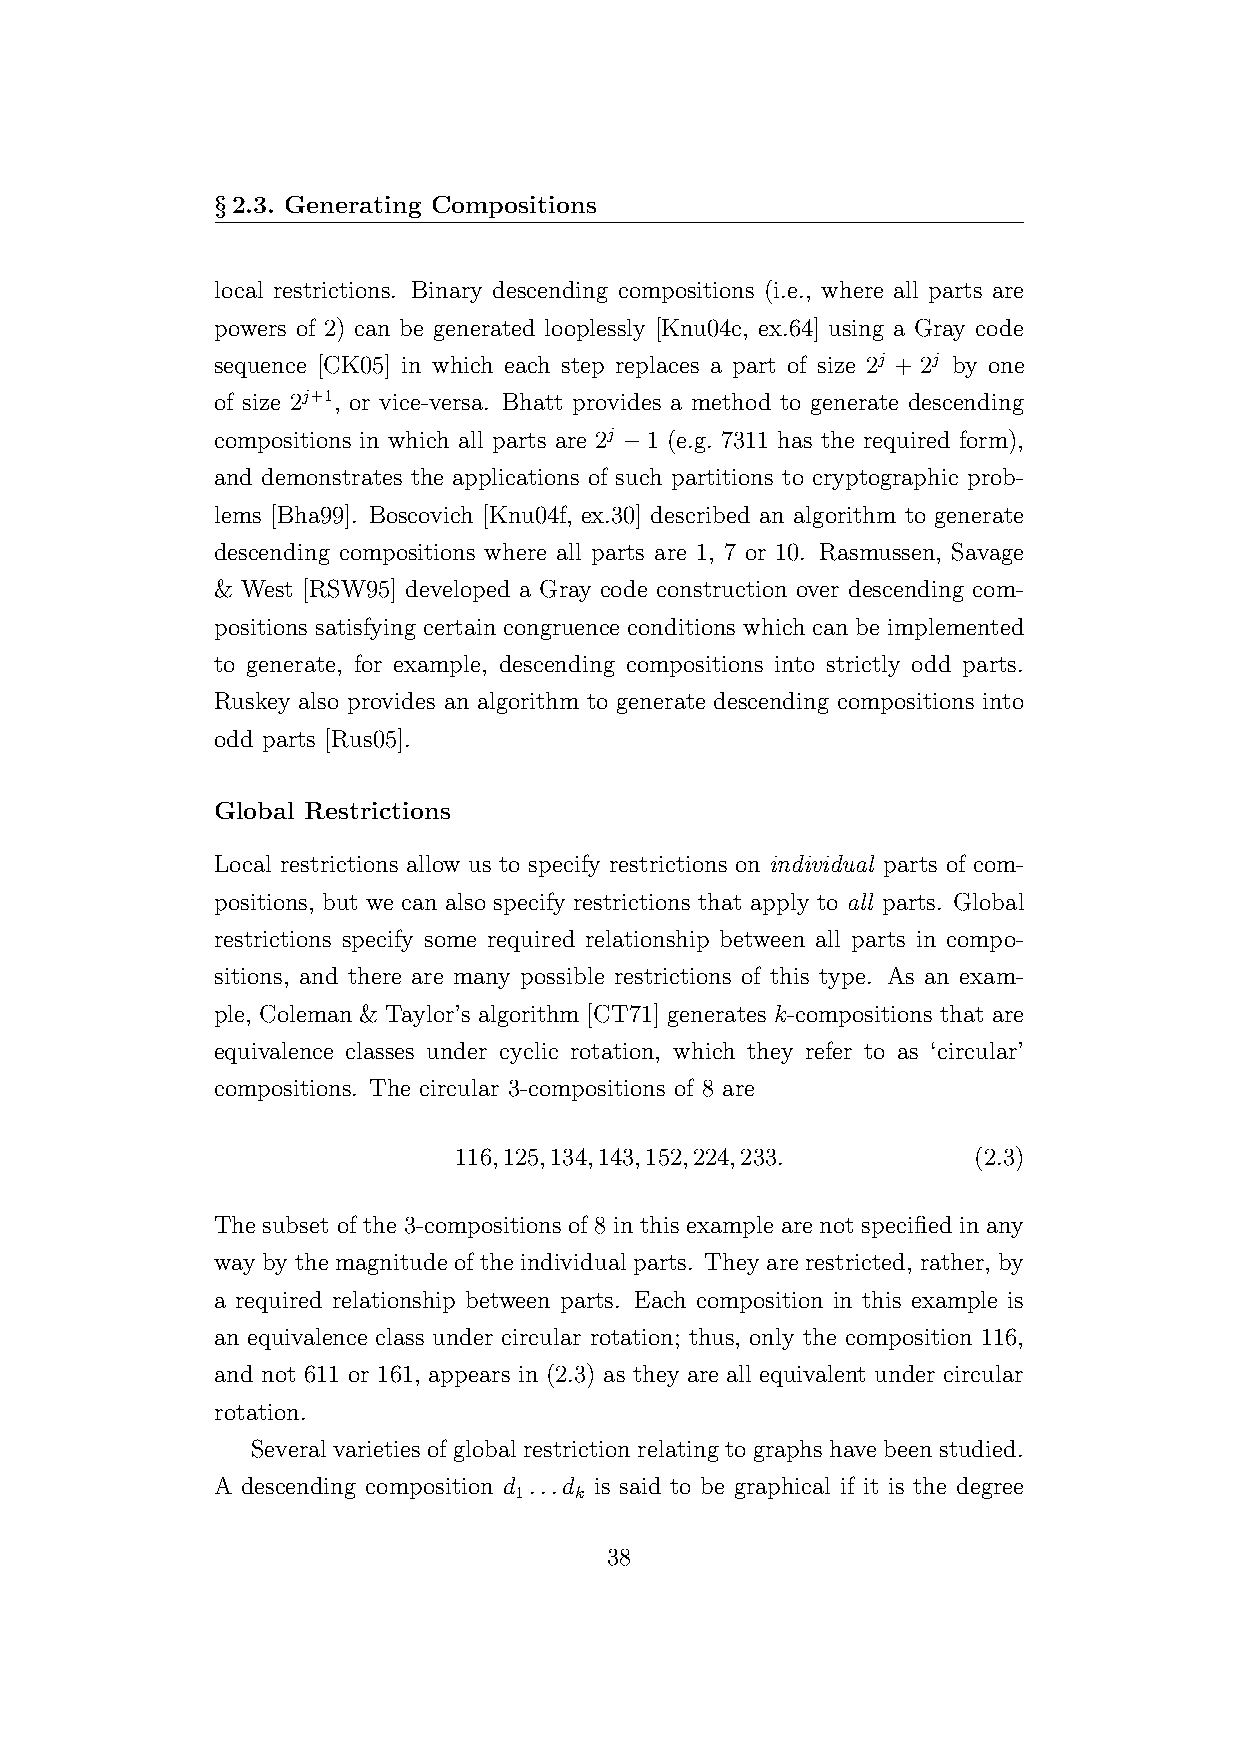
§2.3. Generating Compositions
 local restrictions. Binary descending compositions (i.e., where all parts are
 powers of 2) can be generated looplessly [Knu04c, ex.64] using a Gray code
 sequence [CK05] in which each step replaces a part of size 2j + 2j by one
 of size 2j+1, or vice-versa. Bhatt provides a method to generate descending
 compositions in which all parts are 2j −1 (e.g. 7311 has the required form),
 and demonstrates the applications of such partitions to cryptographic prob-
 lems [Bha99]. Boscovich [Knu04f, ex.30] described an algorithm to generate
 descending compositions where all parts are 1, 7 or 10. Rasmussen, Savage
 & West [RSW95] developed a Gray code construction over descending com-
 positions satisfying certain congruence conditions which can be implemented
 to generate, for example, descending compositions into strictly odd parts.
 Ruskey also provides an algorithm to generate descending compositions into
 odd parts [Rus05].
 Global Restrictions
 Local restrictions allow us to specify restrictions on individual parts of com-
 positions, but we can also specify restrictions that apply to all parts. Global
 restrictions specify some required relationship between all parts in compo-
 sitions, and there are many possible restrictions of this type. As an exam-
 ple, Coleman & Taylor’s algorithm [CT71] generates k-compositions that are
 equivalence classes under cyclic rotation, which they refer to as ‘circular’
 compositions. The circular 3-compositions of 8 are
 116,125,134,143,152,224,233.      (2.3)
 The subset of the 3-compositions of 8 in this example are not specified in any
 way by the magnitude of the individual parts. They are restricted, rather, by
 a required relationship between parts. Each composition in this example is
 an equivalence class under circular rotation; thus, only the composition 116,
 and not 611 or 161, appears in (2.3) as they are all equivalent under circular
 rotation.
 Severalvarietiesof globalrestrictionrelating tographs have beenstudied.
 A descending composition d ...d is said to be graphical if it is the degree
 1   k
 38